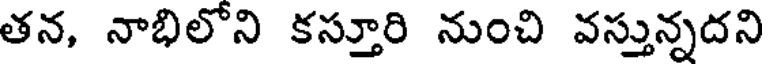
తన, నాభిలోని కస్తూరి నుంచి వస్తున్నదని